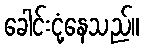
ခေါင်းငုံ့နေသည်။